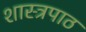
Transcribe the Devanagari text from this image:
शास्त्रपाठ